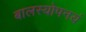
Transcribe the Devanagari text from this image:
बालस्योपनयं